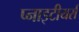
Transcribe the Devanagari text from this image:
प्नाइटीयर्स